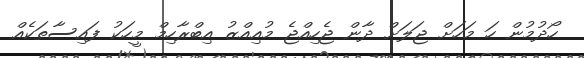
ހޯދުމުން ހަ މަހަށް ޖަލަށް ދާން ޖެހިއްޖެ މުއިއްޒު އިބްރާހިމް މީހަކު ފައިސާތަކެއް